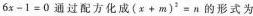
6 x - 1 = 0$$通过配方化成$$( x + m ) ^ { 2 } = n$$的形式为